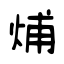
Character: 烳